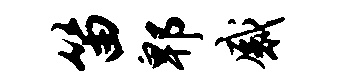
笛郫感